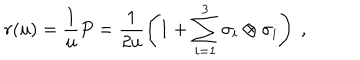
LaTeX: r ( u ) = \frac { 1 } { u } P = \frac { 1 } { 2 u } \left( 1 + \sum _ { i = 1 } ^ { 3 } \sigma _ { i } \otimes \sigma _ { i } \right) ~ ,